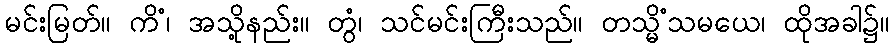
မင်းမြတ်။ ကိံ၊ အသို့နည်း။ တွံ၊ သင်မင်းကြီးသည်။ တသ္မိံသမယေ၊ ထိုအခါ၌။